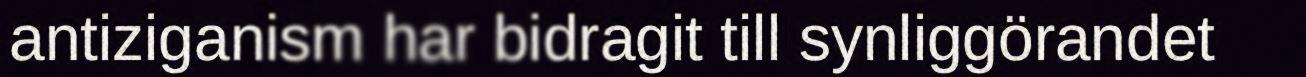
antiziganism har bidragit till synliggörandet